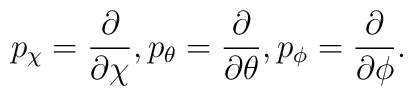
p_{\chi}=\frac{\partial}{\partial\chi},p_{\theta}=\frac{\partial}{\partial\theta}, p_{\phi}=\frac{\partial}{\partial\phi}.